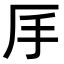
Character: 𠨾